Civil Veterinary Department Bengal reports 1923-33 - 1923-1933
Year: 1923
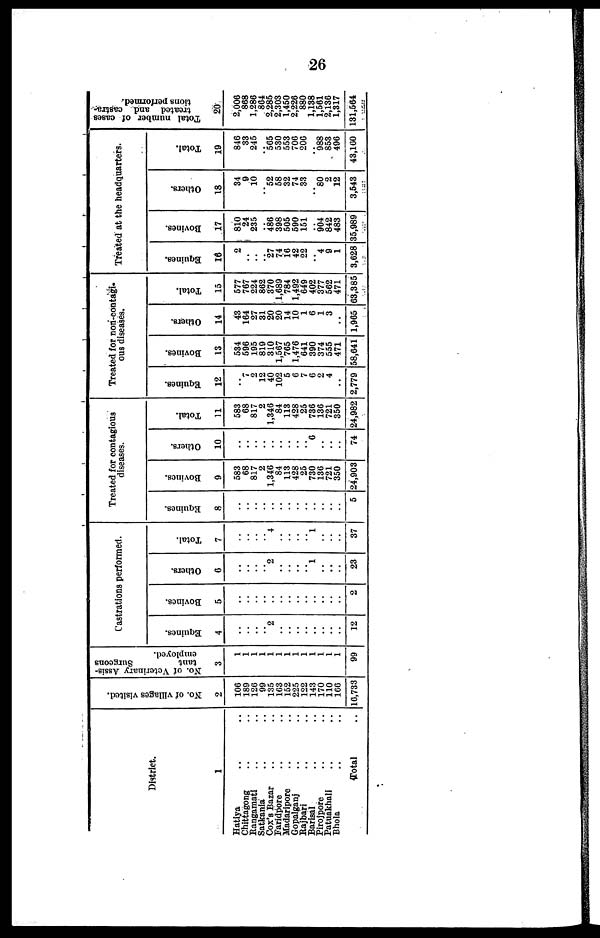
26
District.
1
Hatiya .. ..
Chittagong .. ..
Rangamati .. ..
Satkania .. ..
Cox's Bazar .. ..
Faridpore .. ..
Madaripore .. ..
Gopalganj .. ..
Rajbari .. ..
Barisal .. ..
Pirojpore .. ..
Patuakhali .. ..
Bhola .. ..
Total ..
No. of villages visited.
2
106
189
120
99
135
163
152
225
122
143
170
110
166
10,733
So. of Veterinary Assis-
tant
Surgeons
employed.
3
1
1
1
1
1
1
1
1
1
1
1
1
1
99
Castrations performed.
Equines.
4
..
..
..
..
2
..
..
..
..
..
..
..
..
12
Bovines.
Others.
5
6
.. ..
.. ..
.. ..
.. ..
.. 2
.. ..
.. ..
.. ..
.. ..
.. 1
.. ..
.. ..
.. ..
2
23
Total.
7
..
..
..
..
4
..
..
..
..
1
..
..
..
37
Treated for contagious
diseases.
Equines.
8
..
..
..
..
..
..
..
..
..
..
..
..
..
5
Bovines.
9
583
68
817
2
1,346
84
113
428
25
730
136
721
350
24,903
Others.
10
..
..
..
..
..
..
..
..
..
6
..
..
..
74
Total.
11
583
68
817
2
1,346
84
113
428
25
736
136
721
350
24,982
Treated for non-contagi-
ous diseases.
Equines.
12
..
7
2
12
40
102
5
6
7
6
2
4
..
2,779
Bovines.
13
534
596
195
819
310
1,567
765
1,476
641
390
374
555
471
58,641
Others.
14
43
164
27
31
20
20
14
10
1
6
1
3
..
1,965
Total.
15
577
767
224
802
370
1,689
784
1,492
649
402
377
562
471
63,385
Treated at the headquarters.
Equines.
16
2
..
..
..
27
74
16
42
22
..
4
9
1
3,628
Bovines.
17
810
24
235
..
486
398
505
590
151
..
904
842
483
35,989
Others.
18
34
9
10
..
52
58
32
74
33
..
80
2
12
3,543
Total.
19
846
33
245
..
565
530
553
700
206
..
988
853
496
43,160
Total number of cases
treated and castra
tions performed.
20
2,000
868
1,286
864
2,285
2,303
1,450
2,226
880
1,138
1,561
2,136
1,317
131,564